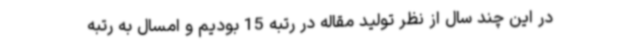
در این چند سال از نظر تولید مقاله در رتبه 15 بودیم و امسال به رتبه